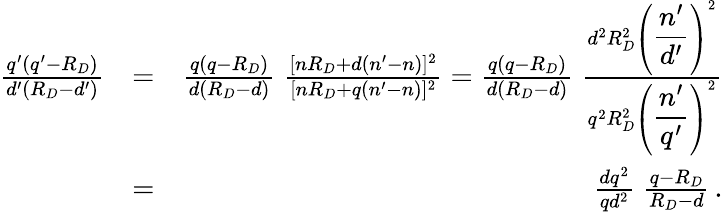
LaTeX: \begin{array}{rlr}{{\frac{q^{\prime}(q^{\prime}-R_{D})}{d^{\prime}(R_{D}-d^{\prime})}}}&{=}&{{\frac{q(q-R_{D})}{d(R_{D}-d)}}\; {\frac{[nR_{D}+d(n^{\prime}-n)]^{2}}{[nR_{D}+q(n^{\prime}-n)]^{2}}}={\frac{q(q-R_{D})}{d(R_{D}-d)}}\; {\frac{d^{2}R_{D}^{2}\left(\displaystyle{\frac{n^{\prime}}{d^{\prime}}}\right)^{2}}{q^{2}R_{D}^{2}\left(\displaystyle{\frac{n^{\prime}}{q^{\prime}}}\right)^{2}}}}\\ &{=}&{{\frac{dq^{2}}{qd^{2}}}\; {\frac{q-R_{D}}{R_{D}-d}}\, .}\end{array}